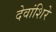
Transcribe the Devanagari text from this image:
देवांशिरे